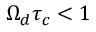
\Omega _ { d } \tau _ { c } < 1